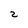
Character: 2